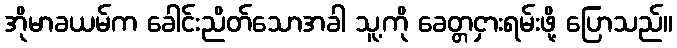
အိုမာခယမ်က ခေါင်းညိတ်သောအခါ သူ့ကို ခေတ္တငှားရမ်းဖို့ ပြောသည်။